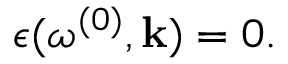
\epsilon ( \omega ^ { ( 0 ) } , { \bf k } ) = 0 .